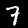
Label: 7